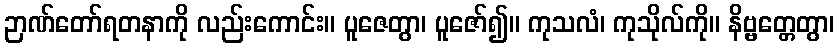
ဉာဏ်တော်ရတနာကို လည်းကောင်း။ ပူဇေတွာ၊ ပူဇော်၍။ ကုသလံ၊ ကုသိုလ်ကို။ နိဗ္ဗတ္တေတွာ၊